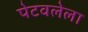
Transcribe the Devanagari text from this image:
पेटवलेला